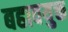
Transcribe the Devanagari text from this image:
बहावयुक्त